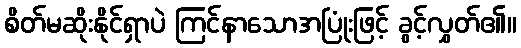
စိတ်မဆိုးနိုင်ရှာပဲ ကြင်နာသောအပြုံးဖြင့် ခွင့်လွှတ်၏။